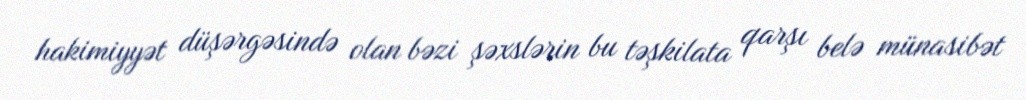
hakimiyyət düşərgəsində olan bəzi şəxslərin bu təşkilata qarşı belə münasibət